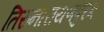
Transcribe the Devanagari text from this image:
तिरुनारायणपुरम